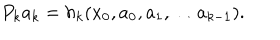
P _ { k } a _ { k } = h _ { k } ( x _ { 0 } , a _ { 0 } , a _ { 1 } , \dots a _ { k - 1 } ) .